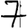
Digit: 7